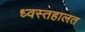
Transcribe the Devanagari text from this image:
ध्वस्तहालत